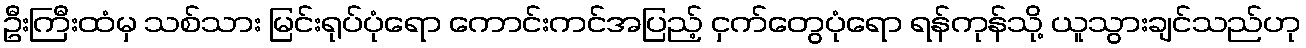
ဦးကြီးထံမှ သစ်သား မြင်းရုပ်ပုံရော ကောင်းကင်အပြည့် ငှက်တွေပုံရော ရန်ကုန်သို့ ယူသွားချင်သည်ဟု